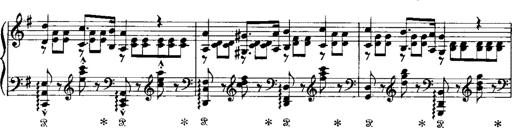
Title: RÃ©miniscences de Norma de Bellini
Composer: Franz Liszt